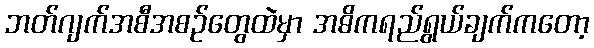
ဘတ်ဂျက်အစီအစဉ်တွေထဲမှာ အဓိကရည်ရွယ်ချက်ကတော့